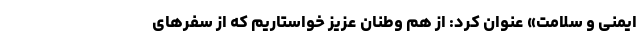
ایمنی و سلامت» عنوان کرد: از هم وطنان عزیز خواستاریم که از سفرهای